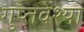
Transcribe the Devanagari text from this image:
गुप्तवेश्या